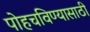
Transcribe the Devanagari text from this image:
पोहचविण्यासाठी